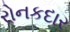
રોનકદાર